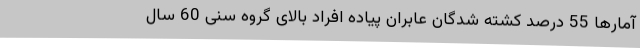
آمارها 55 درصد کشته شدگان عابران پیاده افراد بالای گروه سنی 60 سال